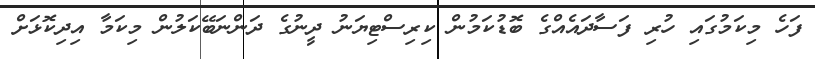
ފަހެ މިކަމުގައި ހުރި ފަސާދައެއްގެ ބޮޑުކަމުން ކިރިސްޓިޔަނު ދީނުގެ ދަންނަބޭކަލުން މިކަމާ އިދިކޮޅަށް